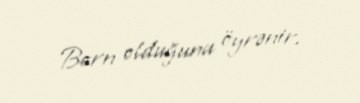
Born olduğunu öyrənir.